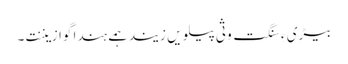
بیڑی ءِ سنگت وثی پیلویں زیند ہمے ہندا گوازیننت۔